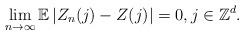
LaTeX: \begin{align*} \lim_{n\to\infty}\mathbb{E}\, |Z_n(j)-Z(j)|=0, j\in\mathbb{Z}^d.\end{align*}